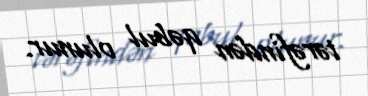
tərəfindən qəbul olunur.